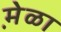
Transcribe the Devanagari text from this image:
मे़ळा